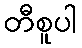
တီစူပါ